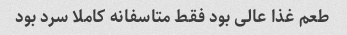
طعم غذا عالی بود فقط متاسفانه کاملا سرد بود